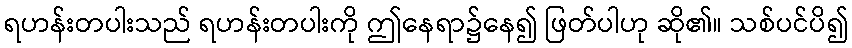
ရဟန်းတပါးသည် ရဟန်းတပါးကို ဤနေရာ၌နေ၍ ဖြတ်ပါဟု ဆို၏။ သစ်ပင်ပိ၍